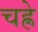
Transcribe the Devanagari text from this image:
चह्रे